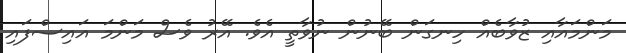
މަންމައާއި ޒުވާބެއް ހިނގަން ބޭނުން ނުވާތީ އެވެ. އޭރު ވެސް މަންމަ އައިސްފައި